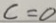
c = 0